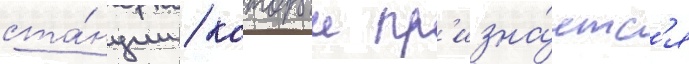
ста́нции / которыи пр'изна́етс'я